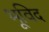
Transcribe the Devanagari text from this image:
भूविद